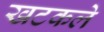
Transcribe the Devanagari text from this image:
खटकले